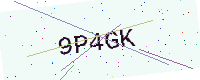
Text: 9P4GK